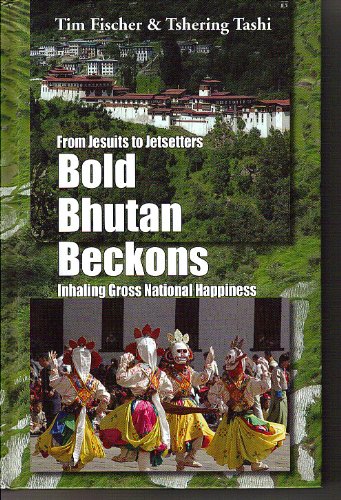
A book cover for From Jesuits to Jetsetters - BOLD BHUTAN BECKONS - Inhaling Gross National Happiness; Tim Fischer; Travel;